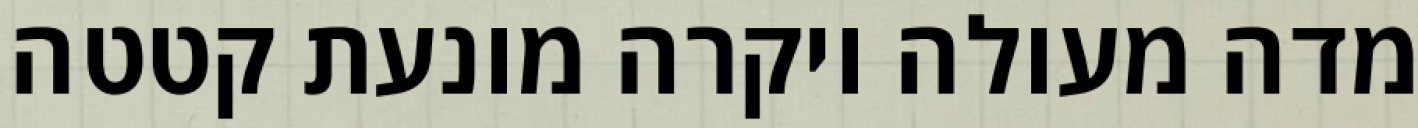
מדה מעולה ויקרה מונעת קטטה